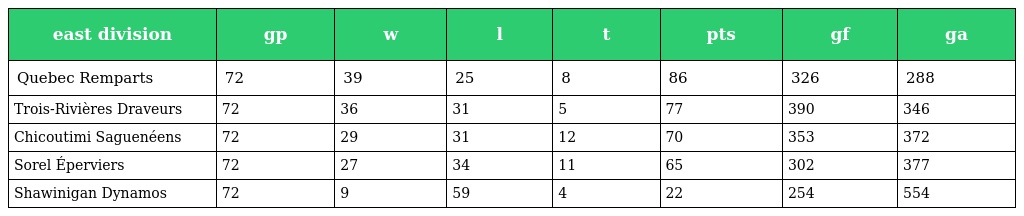
| east division | gp | w | l | t | pts | gf | ga |
 | --- | --- | --- | --- | --- | --- | --- | --- |
 | Quebec Remparts | 72 | 39 | 25 | 8 | 86 | 326 | 288 |
 | Trois-Rivières Draveurs | 72 | 36 | 31 | 5 | 77 | 390 | 346 |
 | Chicoutimi Saguenéens | 72 | 29 | 31 | 12 | 70 | 353 | 372 |
 | Sorel Éperviers | 72 | 27 | 34 | 11 | 65 | 302 | 377 |
 | Shawinigan Dynamos | 72 | 9 | 59 | 4 | 22 | 254 | 554 |